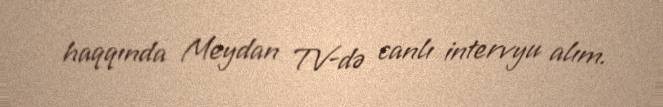
haqqında Meydan TV-də canlı intervyu alım.